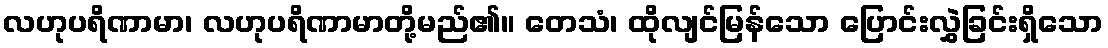
လဟုပရိဏာမာ၊ လဟုပရိဏာမာတို့မည်၏။ တေသံ၊ ထိုလျင်မြန်သော ပြောင်းလွှဲခြင်းရှိသော